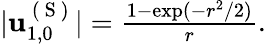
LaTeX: \begin{array}{r}{\vert\mathbf{u}_{1,0}^{\mathrm{~(~S~)~}}\vert=\frac{1-\exp(-r^{2}/2)}{r}.}\end{array}